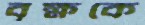
বৃক্ষকে